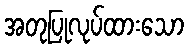
အတုပြုလုပ်ထားသော